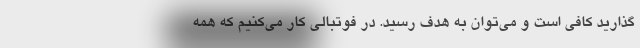
گذارید کافی است و می‌توان به هدف رسید. در فوتبالی کار می‌کنیم که همه